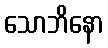
သောဘိနော